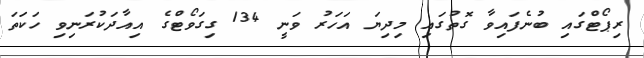
ރިޕޯޓްގައި ބުނެފައިވާ ގޮތުގައި މިދިޔަ އަހަރު ވަނީ 134 ގިގަވޯޓްގެ އިއާދަކުރަނިވި ހަކަތަ